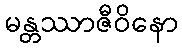
မန္တဿာဇီဝိနော